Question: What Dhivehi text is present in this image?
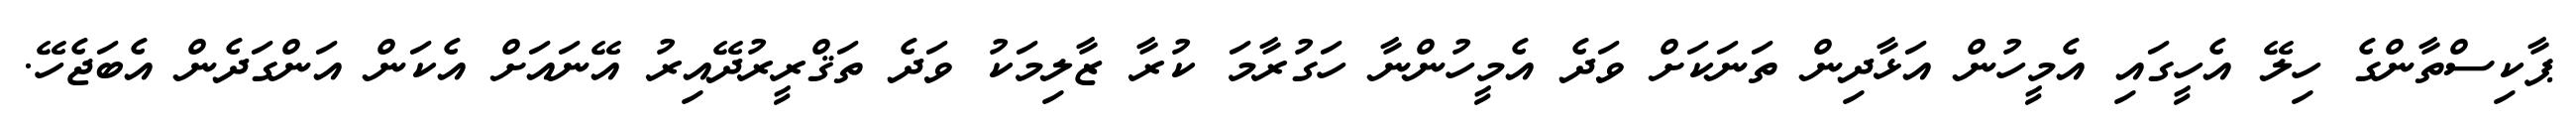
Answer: ޕާކިސްތާންގެ ހިލޭ އެހީގައި އެމީހުން އަޅާދިން ތަނަކަށް ވަދެ އެމީހުންނާ ހަގުރާމަ ކުރާ ޒާލިމަކު ވަދެ ތަޤްރީރުދޭއިރު އޭނައަށް އެކަން އަންގަދެން އެބަޖެހޭ.